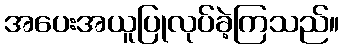
အပေးအယူပြုလုပ်ခဲ့ကြသည်။